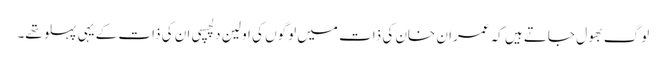
لوگ بھول جاتے ہیں کہ عمران خان کی ذات میں لوگوں کی اولین دلچسپی ان کی ذات کے یہی پہلو تھے۔